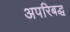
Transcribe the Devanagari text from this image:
अपरिबद्ध